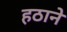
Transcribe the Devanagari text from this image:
हठाने